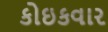
કોઇકવાર